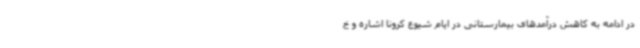
در ادامه به کاهش درآمدهای بیمارستانی در ایام شیوع کرونا اشاره و خ